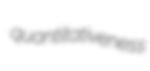
quantitativeness